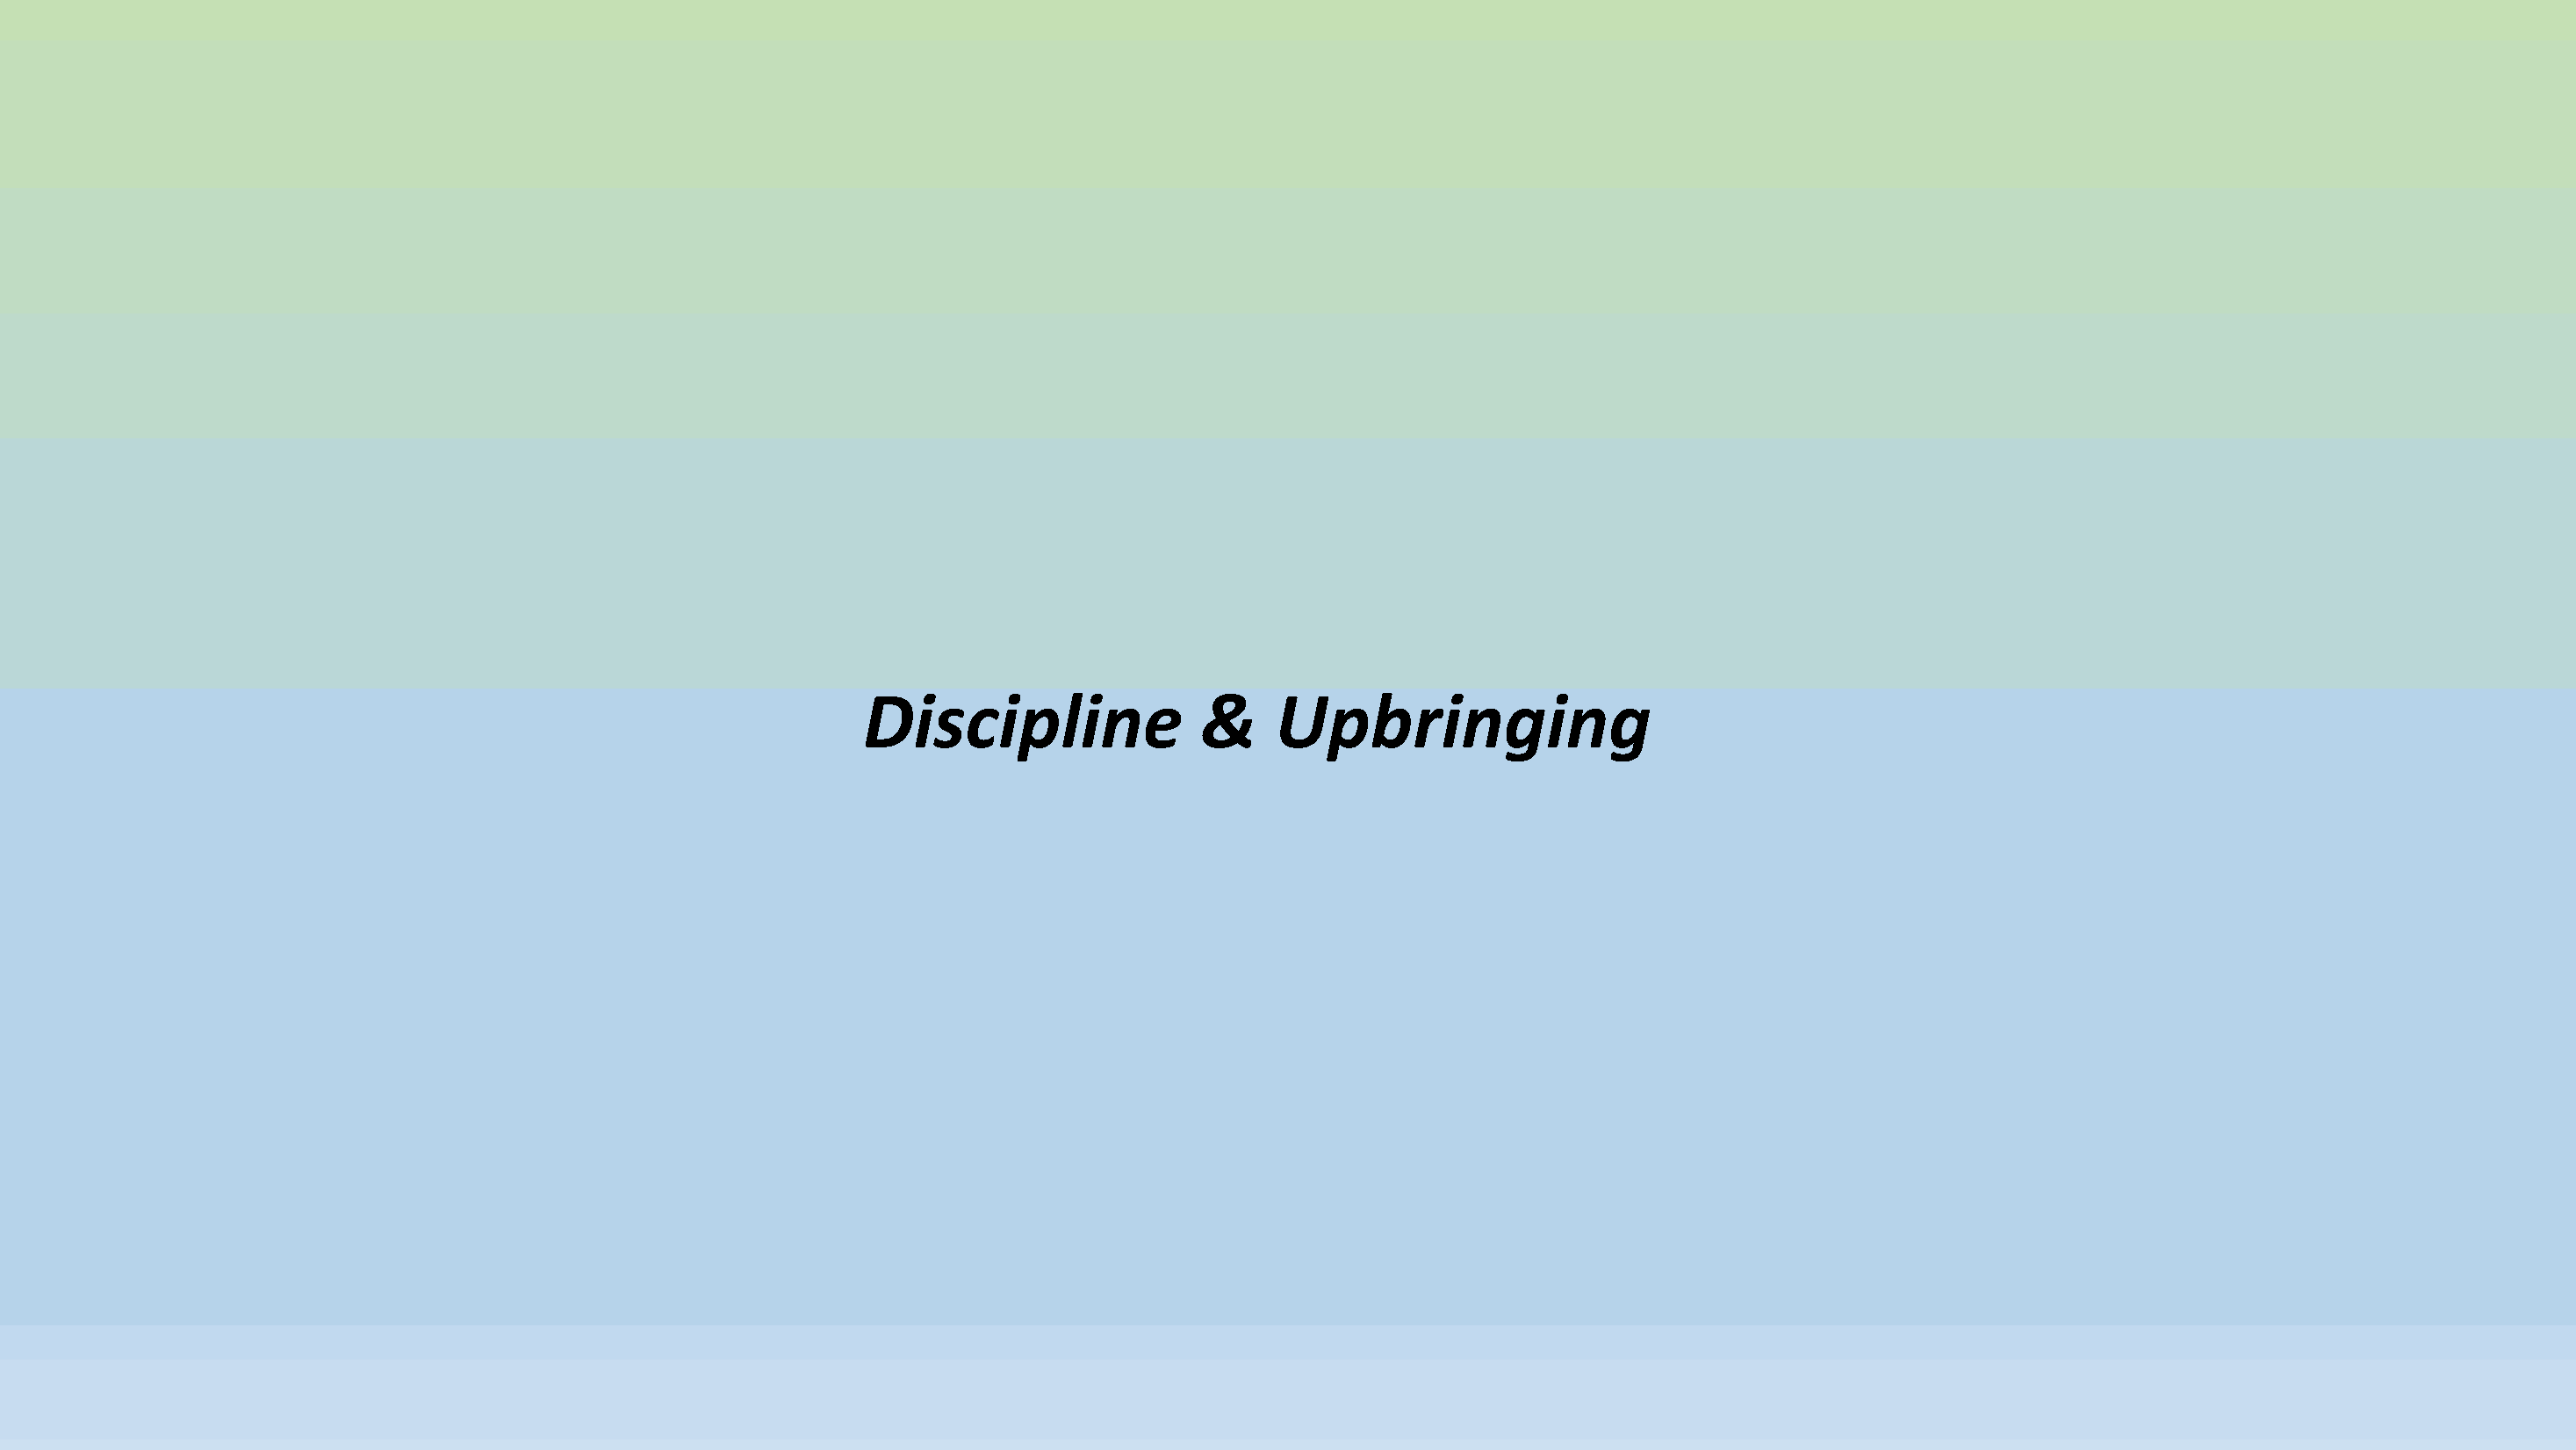
Discipline               &     Upbringing